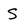
Character: S